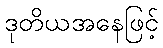
ဒုတိယအနေဖြင့်